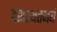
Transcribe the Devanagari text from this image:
दशरथतनयं